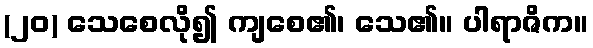
(၂၀) သေစေလို၍ ကျစေ၏၊ သေ၏။ ပါရာဇိက။